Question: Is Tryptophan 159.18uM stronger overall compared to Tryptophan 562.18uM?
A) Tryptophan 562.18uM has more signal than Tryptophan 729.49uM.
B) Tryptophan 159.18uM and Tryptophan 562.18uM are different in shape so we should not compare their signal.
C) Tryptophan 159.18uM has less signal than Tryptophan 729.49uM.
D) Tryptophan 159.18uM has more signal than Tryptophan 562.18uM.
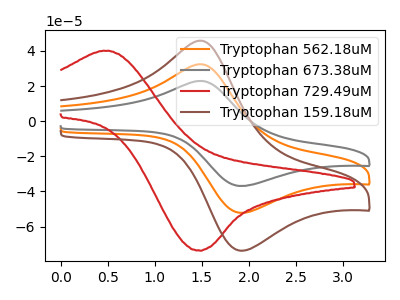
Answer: <think>The orange curve "Tryptophan 562.18uM" has an anodic peak at (1.50V, 32.40uA) and a cathodic peak at (1.95V, -52.20uA). The gray curve "Tryptophan 673.38uM" has an anodic peak at (1.50V, 64.85uA) and a cathodic peak at (1.95V, -104.40uA). The red curve "Tryptophan 729.49uM" has an anodic peak at (0.50V, 40.15uA) and a cathodic peak at (1.45V, -73.55uA). The brown curve "Tryptophan 159.18uM" has an anodic peak at (1.50V, 45.80uA) and a cathodic peak at (1.95V, -73.75uA).
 All the peaks in "Tryptophan 159.18uM" have a peak in "Tryptophan 562.18uM" at the same potential. Every peak in "Tryptophan 159.18uM" is higher than every peak in "Tryptophan 562.18uM".</think>
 <answer>D) "Tryptophan 159.18uM" has more signal than "Tryptophan 562.18uM".</answer>
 <eval>D</eval>